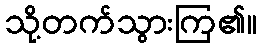
သို့တက်သွားကြ၏။